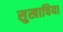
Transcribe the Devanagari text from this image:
सुखाचिया